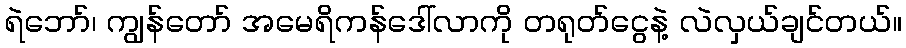
ရဲဘော်၊ ကျွန်တော် အမေရိကန်ဒေါ်လာကို တရုတ်ငွေနဲ့ လဲလှယ်ချင်တယ်။